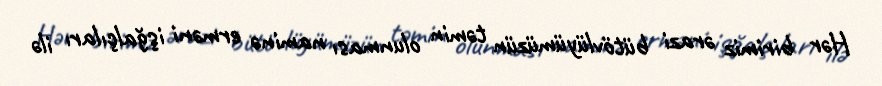
Hər birimiz ərazi bütövlüyümüzün təmin olunması naminə erməni işğalçıları ilə